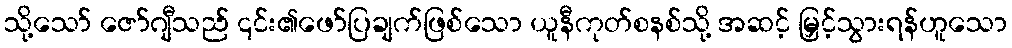
သို့သော် ဇော်ဂျီသည် ၎င်း၏ဖော်ပြချက်ဖြစ်သော ယူနီကုတ်စနစ်သို့ အဆင့် မြှင့်သွားရန်ဟူသော